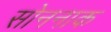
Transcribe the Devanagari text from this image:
सोननाक